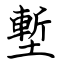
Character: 塹